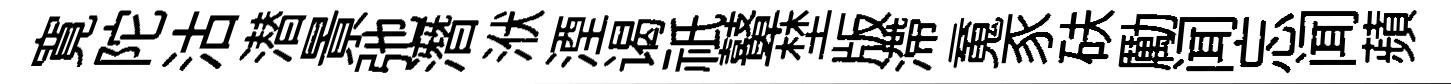
寛陀沽潜㬌弛潛洑湮谒祇鼙埜版滯䰟豕砆勵闻忘闻蘋